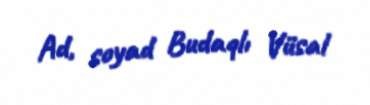
Ad, soyad Budaqlı Vüsal